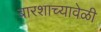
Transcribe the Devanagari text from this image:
बारशाच्यावेळी